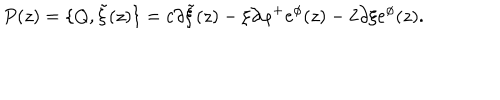
P ( z ) = \{ Q , { \tilde { \xi } } ( z ) \} = c \partial { \tilde { \xi } } ( z ) - \xi \partial \varphi ^ { + } e ^ { \phi } ( z ) - 2 \partial \xi e ^ { \phi } ( z ) .